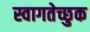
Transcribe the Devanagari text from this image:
स्वागतेच्छुक